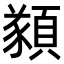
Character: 𩔀